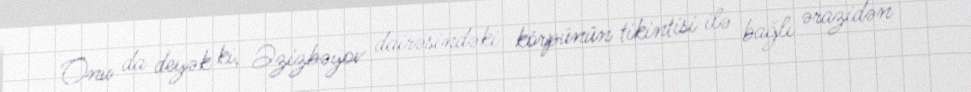
Onu da deyək ki, Əzizbəyov dairəsindəki körpünün tikintisi ilə bağlı ərazidən